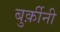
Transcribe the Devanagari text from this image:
बुर्क़ीनी